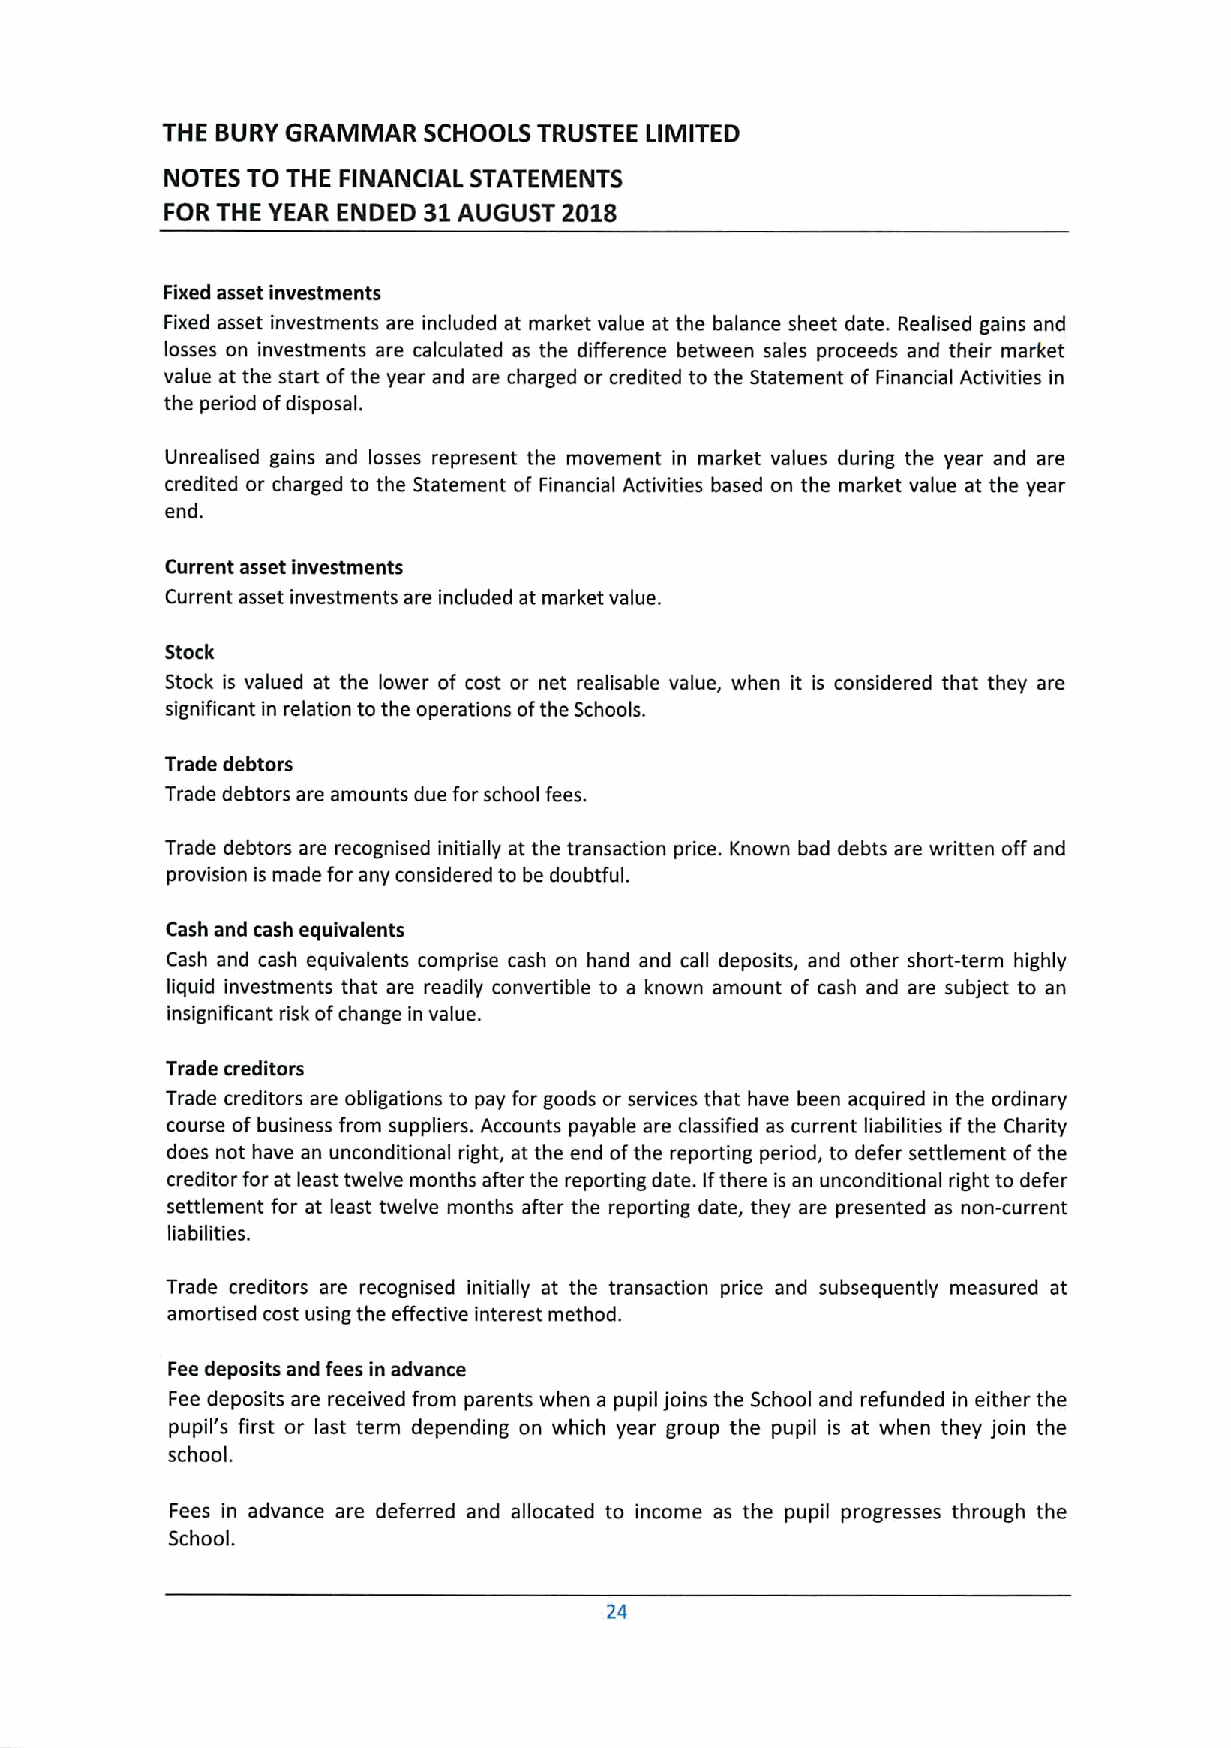
THE BURY GRAMMAR SCHOOLS TRUSTEE LIMITED
 NOTES TO THE FINANCIAL STATEMENTS
 FOR THE YEAR ENDED 31AUGUST 2018
 Fixed asset investments
 Fixed asset investments are included at market value at the balance sheet date. Realised gains and
 losses on investments are calculated as the difference between sales proceeds and their market
 value at the start ofthe year and are charged or credited to the Statement of Financial Activities in
 the period ofdisposal.
 Unrealised gains and losses represent the movement in market values during the year and are
 credited or charged to the Statement of Financial Activities based on the market value at the year
 end.
 Current asset investments
 Current asset investments are included at market value.
 Stock
 Stock is valued at the lower of cost or net realisable value, when it is considered that they are
 significant in relation tothe operations ofthe Schools.
 Trade debtors
 Trade debtors are amounts due for school fees.
 Trade debtors are recognised initially at the transaction price. Known bad debts are written off and
 provision is made for any considered to be doubtful.
 Cash and cash equivalents
 Cash and cash equivalents comprise cash on hand and call deposits, and other short-term highly
 liquid investments that are readily convertible to a known amount of cash and are subject to an
 insignificant risk ofchange in value.
 Trade creditors
 Trade creditors are obligations to pay for goods or services that have been acquired in the ordinary
 course of business from suppliers. Accounts payable are classified as current liabilities ifthe Charity
 does not have an unconditional right, at the end ofthe reporting period, to defer settlement ofthe
 creditor for at least twelve months after the reporting date. Ifthere is an unconditional right to defer
 settlement for at least twelve months after the reporting date, they are presented as non-current
 liabilities.
 Trade creditors are recognised initially at the transaction price and subsequently measured at
 amortised cost using the effective interest method.
 Fee deposits and fees in advance
 Fee deposits are received from parents when a pupil joins the School and refunded in either the
 pupil's first or last term depending on which year group the pupil is at when they join the
 school.
 Fees in advance are deferred and allocated to income as the pupil progresses through the
 School.
 24